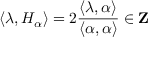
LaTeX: \langle \lambda , H _ { \alpha } \rangle = 2 { \frac { \langle \lambda , \alpha \rangle } { \langle \alpha , \alpha \rangle } } \in \mathbf { Z }